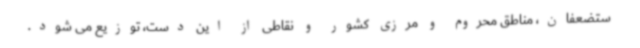
ستضعفان، مناطق محروم و مرزی کشور و نقاطی از این دست، توزیع می شود.